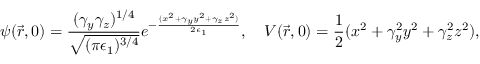
\psi ( \vec { r } , 0 ) = \frac { ( \gamma _ { y } \gamma _ { z } ) ^ { 1 / 4 } } { \sqrt { ( \pi \epsilon _ { 1 } ) ^ { 3 / 4 } } } e ^ { - \frac { ( x ^ { 2 } + \gamma _ { y } y ^ { 2 } + \gamma _ { z } z ^ { 2 } ) } { 2 \epsilon _ { 1 } } } , \ \ \ V ( \vec { r } , 0 ) = \frac { 1 } { 2 } ( x ^ { 2 } + \gamma _ { y } ^ { 2 } y ^ { 2 } + \gamma _ { z } ^ { 2 } z ^ { 2 } ) ,